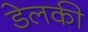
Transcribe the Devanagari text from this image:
डेलकी